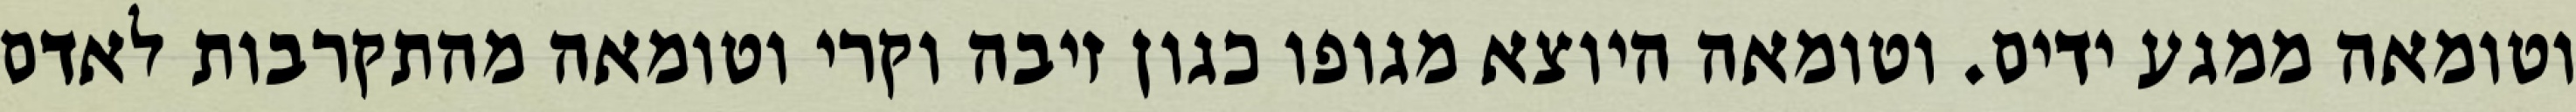
וטומאה ממגע ידים. וטומאה היוצא מגופו כגון זיבה וקרי וטומאה מהתקרבות לאדם